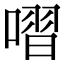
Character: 㗩